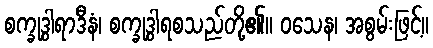
စက္ခုဒွါရာဒီနံ၊ စက္ခုဒွါရစသည်တို့၏။ ဝသေန၊ အစွမ်းဖြင့်။